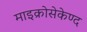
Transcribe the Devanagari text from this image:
माइक्रोसेकेण्द